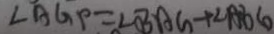
\angle A G P = \angle B A G + \angle A B G